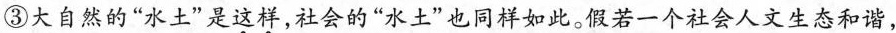
③大自然的“水土”是这样，社会的“水土”也同样如此。假若一个社会人文生态和谐，